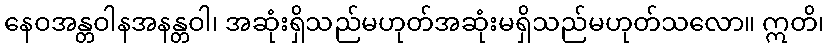
နေဝအန္တဝါနအနန္တဝါ၊ အဆုံးရှိသည်မဟုတ်အဆုံးမရှိသည်မဟုတ်သလော။ ဣတိ၊